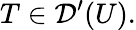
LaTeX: T\in{\mathcal{D}}^{\prime}(U).